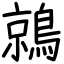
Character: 鶁